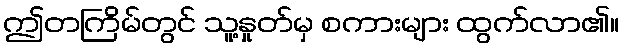
ဤတကြိမ်တွင် သူ့နှုတ်မှ စကားများ ထွက်လာ၏။